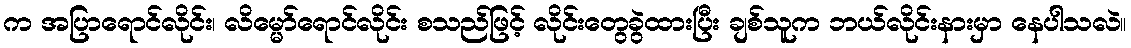
က အပြာရောင်လိုင်း၊ လိမ္မော်ရောင်လိုင်း စသည်ဖြင့် လိုင်းတွေခွဲထားပြီး ချစ်သူက ဘယ်လိုင်းနားမှာ နေပါသလဲ။